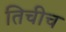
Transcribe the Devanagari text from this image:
तिचीच